Problem: 26 + 4 = ?
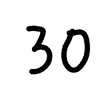
Handwritten answer: 30